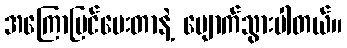
အကြောပြင်ပေးတာနဲ့ ပျောက်သွားပါတယ်။